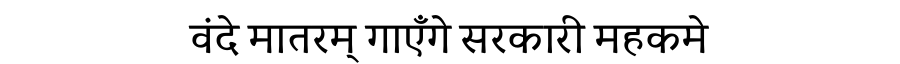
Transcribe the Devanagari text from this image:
वंदे मातरम् गाएँगे सरकारी महकमे